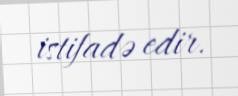
istifadə edir.